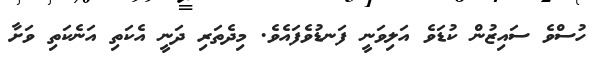
ހުސްވެ ސައިޒުން ކުޑަވެ އަލިވަނީ ފަނޑުވެފައެވެ. މިދެތަރި ދަނީ އެކަތި އަނެކަތި ވަށާ